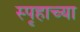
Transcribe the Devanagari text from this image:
स्पृहाच्या